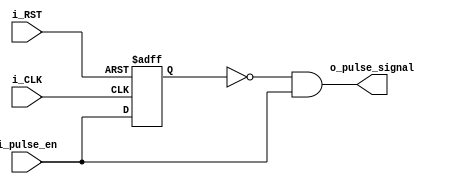
module PULSE_GEN (
    input   wire                        i_CLK,
    input   wire                        i_RST,
    input   wire                        i_pulse_en,
    output  wire                        o_pulse_signal
);

    reg enable_flop;
    always @(posedge i_CLK or negedge i_RST) begin
        if(~i_RST) begin
            enable_flop<= 'b0;
        end
		else begin
			enable_flop <= i_pulse_en;
		end
    end
	assign o_pulse_signal = ~ enable_flop && i_pulse_en;
	
endmodule